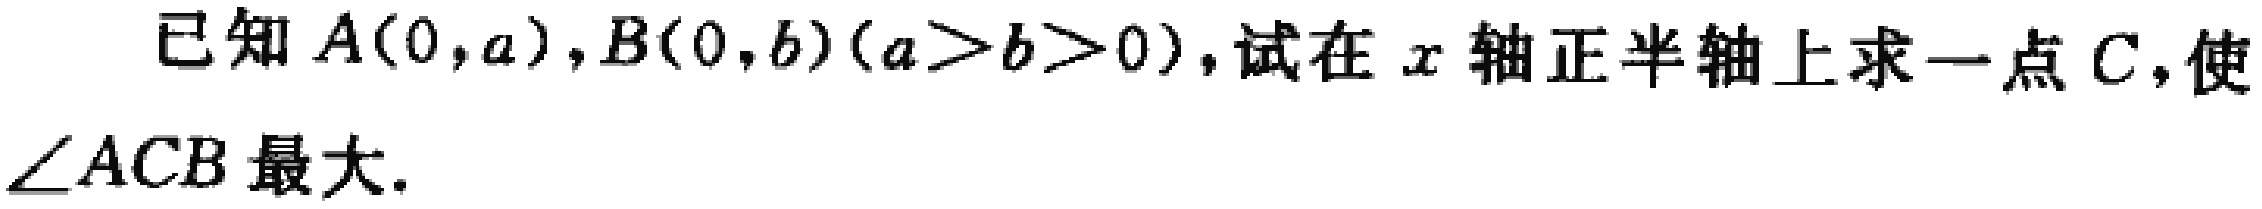
已知\(A(0,a),B(0,b)(a > b > 0)\)，试在\(x\)轴正半轴上求一点\(C\)，使\(\angle ACB\)最大。